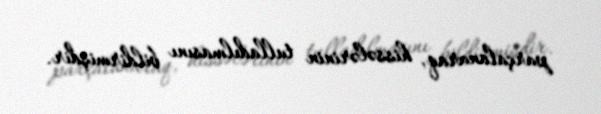
parçalanaraq, hissələrinin tulladılmasını bildirmişdir.